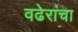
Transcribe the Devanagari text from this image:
वढेरांचा